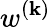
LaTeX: w^{(\mathbf{k})}